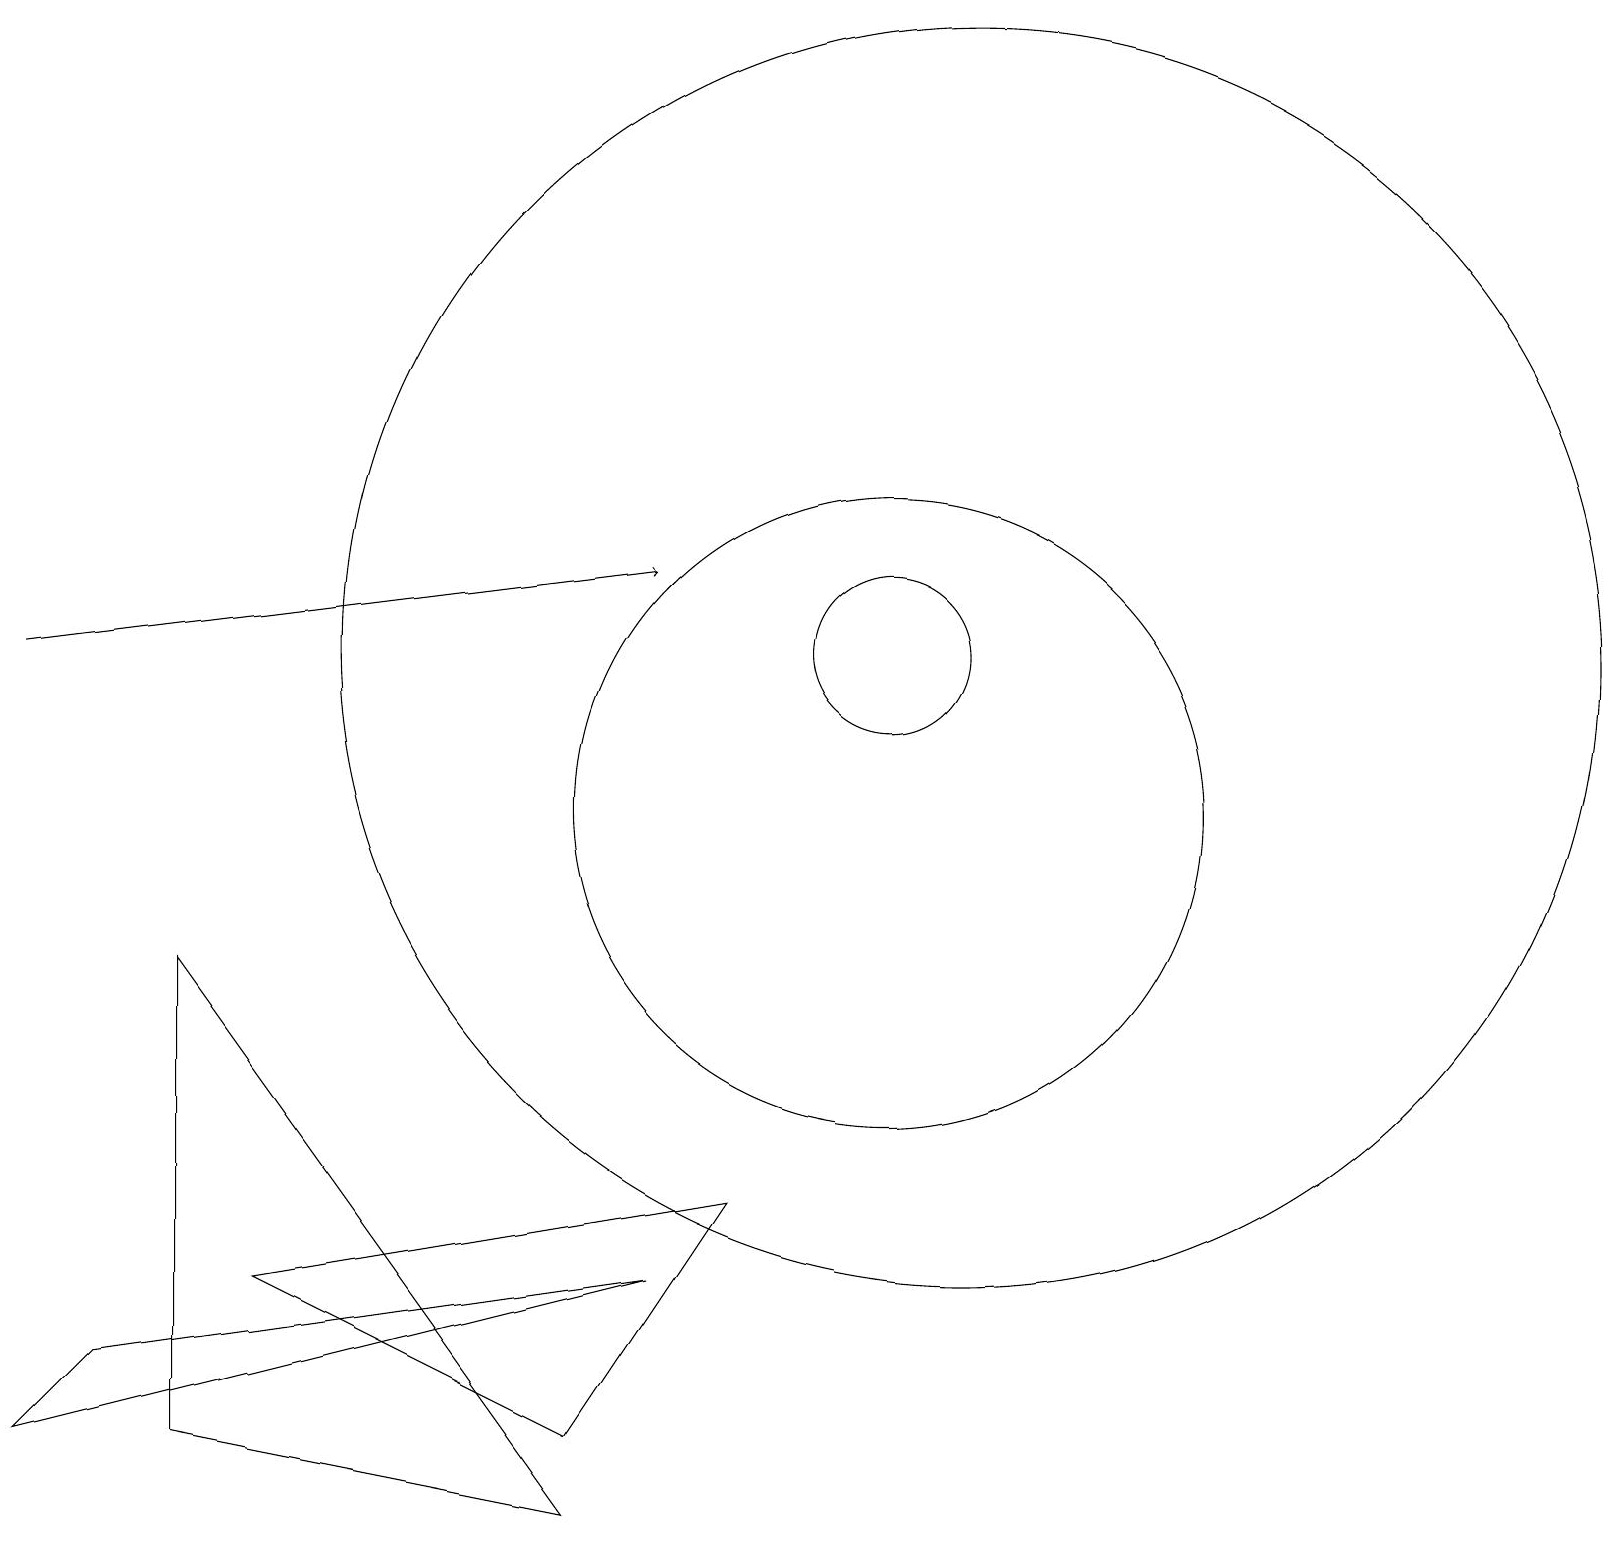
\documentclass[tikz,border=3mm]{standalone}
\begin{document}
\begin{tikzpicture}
\draw (11,10) circle (4);
\draw (11,12) circle (1);
\draw (1,3) -- (8,4) -- (0,2) -- cycle;
\draw (7,2) -- (9,5) -- (3,4) -- cycle;
\draw (2,2) -- (7,1) -- (2,8) -- cycle;
\draw[->] (0,12) -- (8,13);
\draw (12,12) circle (8);
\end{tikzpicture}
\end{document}